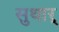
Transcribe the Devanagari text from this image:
सुथार्